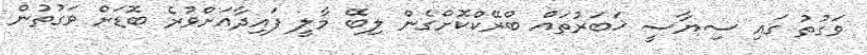
ވަގުތު ގައި ސިޔާސީ ޚަބަރުތައް ބްރޭކްކޮށްގެން ލިބޭ މާލީ ފައިދާއަށްވުރެ ބޮޑަށް ވަގުތުން